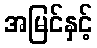
အမြင်နှင့်